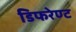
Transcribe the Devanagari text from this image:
डिफरेण्ट